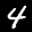
Label: 4